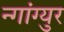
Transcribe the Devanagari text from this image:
न्गांग्युर